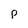
Character: p